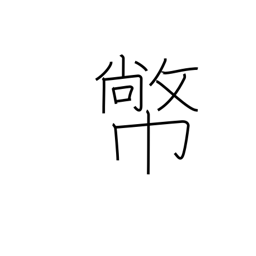
Meaning: Shinto zigzag paper offerings